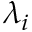
\lambda _ { i }